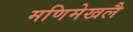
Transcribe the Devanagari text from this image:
मणिमेखलै